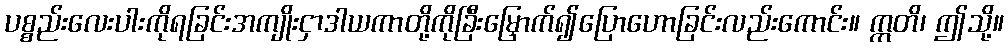
ပစ္စည်းလေးပါးကိုရခြင်းအကျိုးငှာဒါယကာတို့ကိုခြီးမြှောက်၍ပြောဟောခြင်းလည်းကောင်း။ ဣတိ၊ ဤသို့။